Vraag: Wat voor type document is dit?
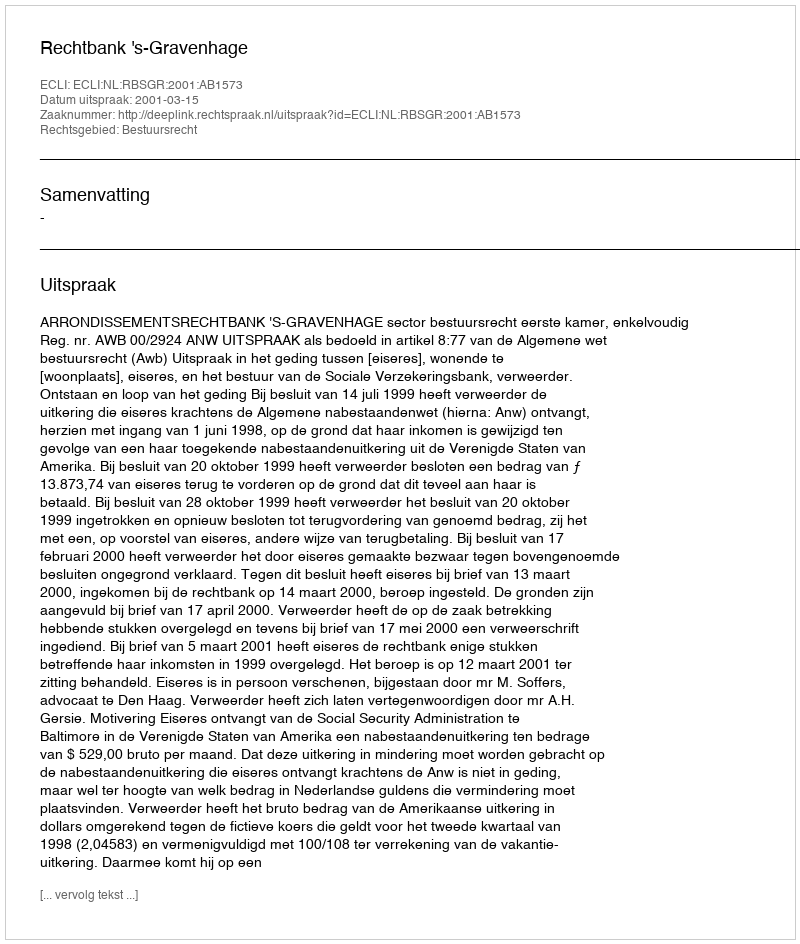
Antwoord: Uitspraak